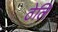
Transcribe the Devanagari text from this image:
ठेलि